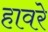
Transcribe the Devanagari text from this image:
हावरे